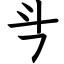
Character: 㪲